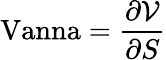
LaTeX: {\textrm{Vanna}}={\frac{\partial{\mathcal{V}}}{\partial S}}